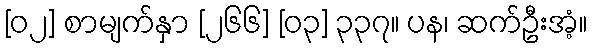
[၀၂] စာမျက်နှာ [၂၆၆] [၀၃] ၃၃၇။ ပန၊ ဆက်ဦးအံ့။